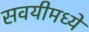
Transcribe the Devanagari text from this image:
सवयीमध्ये